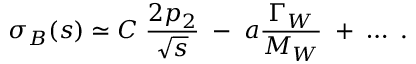
\sigma _ { B } ( s ) \simeq C \; { \frac { 2 p _ { 2 } } { \sqrt { s } } } \; - \; a { \frac { \Gamma _ { W } } { M _ { W } } } \; + \; \ldots \; .